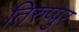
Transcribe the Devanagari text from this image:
तिरुप्पुर